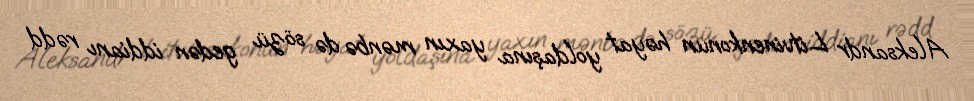
Aleksandr Litvinenkonun həyat yoldaşına yaxın mənbə də sözü gedən iddianı rədd